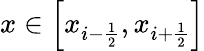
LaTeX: x\in\left[x_{i-{\frac{1}{2}}},x_{i+{\frac{1}{2}}}\right]